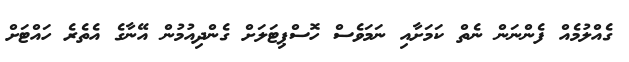
ގެއްލުމެއް ފެންނަން ނެތް ކަމަށާއި ނަމަވެސް ހޮސްޕިޓަލަށް ގެންދިއުމުން އޭނާގެ އެތެރެ ހައްޓަށް